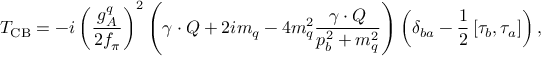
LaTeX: T _ { \mathrm { C B } } = - i \left( \frac { g _ { A } ^ { q } } { 2 f _ { \pi } } \right) ^ { 2 } \left( \gamma \cdot Q + 2 i m _ { q } - 4 m _ { q } ^ { 2 } \frac { \gamma \cdot Q } { p _ { b } ^ { 2 } + m _ { q } ^ { 2 } } \right) \left( \delta _ { b a } - \frac { 1 } { 2 } \left[ \tau _ { b } , \tau _ { a } \right] \right) ,